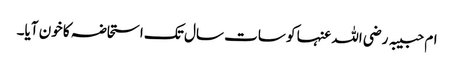
ام حبیبہ رضی اللہ عنہا کو سات سال تک استحاضہ کا خون آیا۔